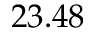
2 3 . 4 8